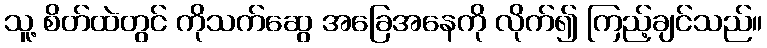
သူ့ စိတ်ထဲတွင် ကိုသက်ဆွေ အခြေအနေကို လိုက်၍ ကြည့်ချင်သည်။